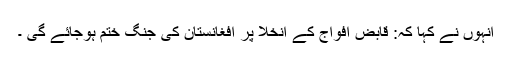
انہوں نے کہا کہ: قابض افواج کے انخلا پر افغانستان کی جنگ ختم ہوجائے گی ۔